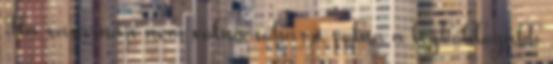
Ha vasárnap nem volna soha, ő volna a legboldogabb